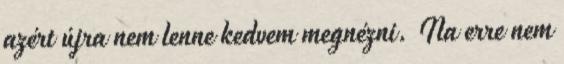
azért újra nem lenne kedvem megnézni. Na erre nem